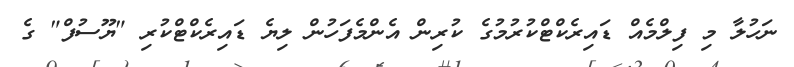
ނަހުލާ މި ފިލްމެއް ޑައިރެކްޓްކުރުމުގެ ކުރިން އެންމެފަހުން ލިޔެ ޑައިރެކްޓްކުރި "ޔޫސުފް" ގެ